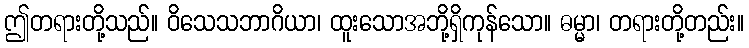
ဤတရားတို့သည်။ ဝိသေသဘာဂိယာ၊ ထူးသောအဘို့ရှိကုန်သော။ ဓမ္မာ၊ တရားတို့တည်း။